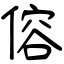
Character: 傛